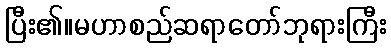
ပြီး၏။မဟာစည်ဆရာတော်ဘုရားကြီး